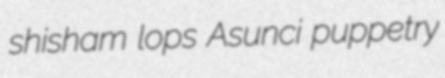
shisham lops Asunci puppetry